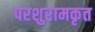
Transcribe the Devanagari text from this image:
परशुरामकृत